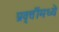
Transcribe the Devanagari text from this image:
प्रवृत्तींमध्ये